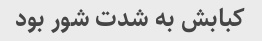
کبابش به شدت شور بود